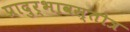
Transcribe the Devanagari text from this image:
प्रादुर्भावस्तोत्र